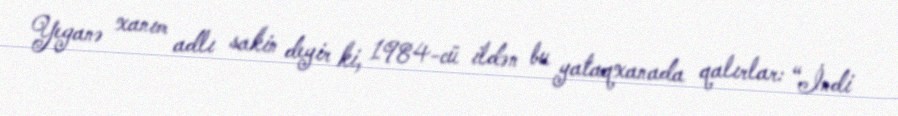
Yeganə xanım adlı sakin deyir ki, 1984-cü ildən bu yataqxanada qalırlar: “İndi